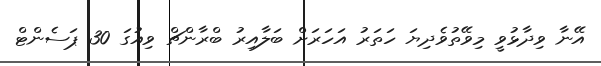
އޭނާ ވިދާޅުވީ މިވޭތުވެދިޔަ ހަތަރު އަހަރަށް ބަލާއިރު ބްރާންޗް ވިއުގަ 30 ޕަސެންޓް